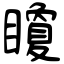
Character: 矎